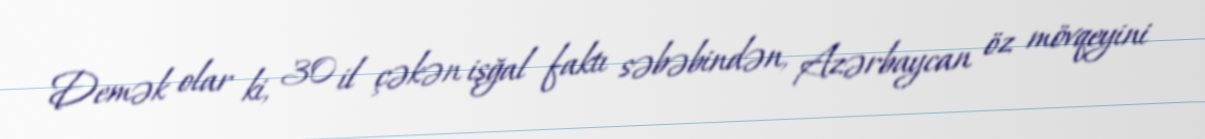
Demək olar ki, 30 il çəkən işğal faktı səbəbindən, Azərbaycan öz mövqeyini